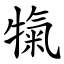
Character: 犔